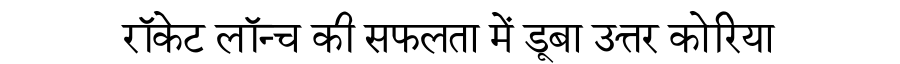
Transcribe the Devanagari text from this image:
रॉकेट लॉन्च की सफलता में डूबा उत्तर कोरिया